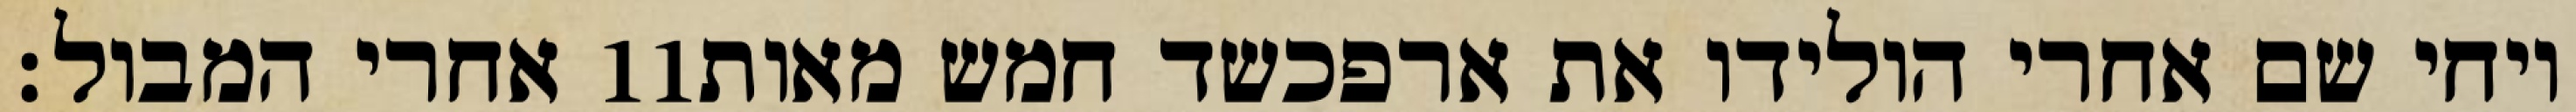
אחרי המבול׃ ‎11‏ ויחי שם אחרי הולידו את ארפכשד חמש מאות